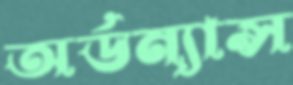
অর্ডন্যান্স